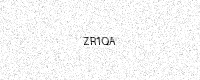
Text: ZR1QA